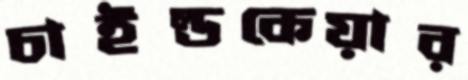
চাইল্ডকেয়ার